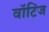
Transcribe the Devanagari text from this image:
वॉटिंज